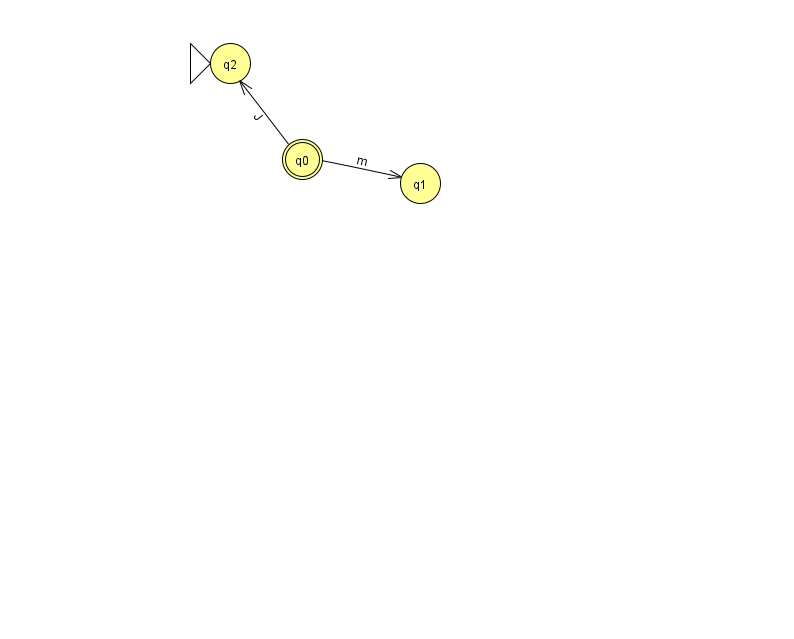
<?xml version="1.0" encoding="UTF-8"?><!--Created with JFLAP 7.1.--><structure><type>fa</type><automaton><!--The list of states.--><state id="0" name="q0"><x>302.0</x><y>146.0</y><final/></state><state id="1" name="q1"><x>420.0</x><y>170.0</y></state><state id="2" name="q2"><x>230.0</x><y>50.0</y><initial/></state><!--The list of transitions.--><transition><from>0</from><to>1</to><read>m</read></transition><transition><from>0</from><to>2</to><read>J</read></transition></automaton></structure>